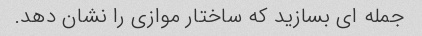
جمله ای بسازید که ساختار موازی را نشان دهد.